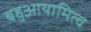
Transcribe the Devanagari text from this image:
बहुआयामित्व